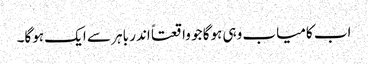
اب کامیاب وہی ہوگا جو واقعتاً اندر باہر سے ایک ہوگا۔